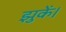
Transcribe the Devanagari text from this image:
झुकें।